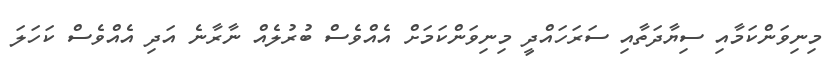
މިނިވަންކަމާއި ސިޔާދަތާއި ސަރަހައްދީ މިނިވަންކަމަށް އެއްވެސް ބުރުލެއް ނާރާނެ އަދި އެއްވެސް ކަހަލަ